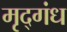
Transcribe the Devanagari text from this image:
मृद्‌गंध